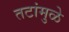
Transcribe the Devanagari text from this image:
तटांमुळे